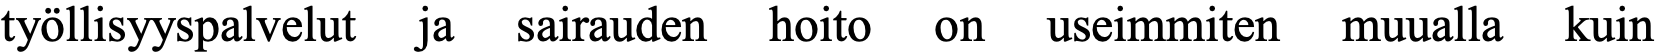
työllisyyspalvelut ja sairauden hoito on useimmiten muualla kuin